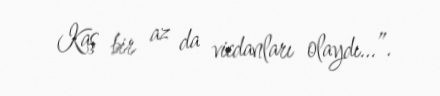
Kaş bir az da vicdanları olaydı…”.